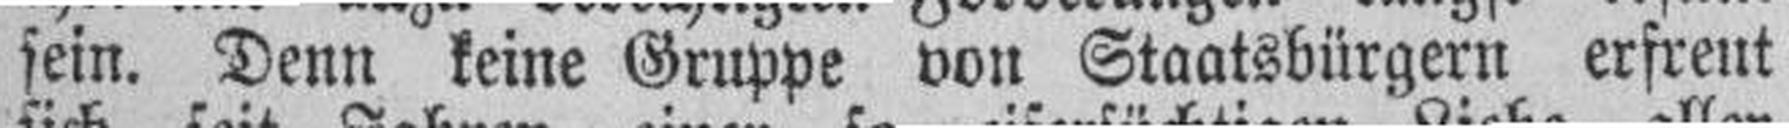
sein. Denn keine Gruppe von Staatsbürgern erfreut